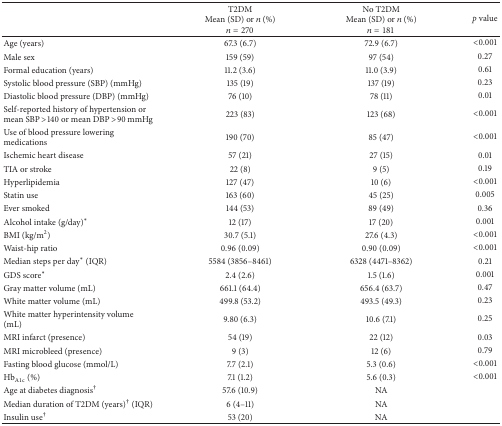
<table><thead><tr><td><b> </b></td><td><b>T2DMMean (SD) or <i>n</i> (%)<i>n</i> = 270</b></td><td><b>No T2DMMean (SD) or <i>n</i> (%)<i>n</i> = 181</b></td><td><b><i>p</i> value</b></td></tr></thead><tbody><tr><td>Age (years)</td><td>67.3 (6.7)</td><td>72.9 (6.7)</td><td>&lt;0.001</td></tr><tr><td>Male sex</td><td>159 (59)</td><td>97 (54)</td><td>0.27</td></tr><tr><td>Formal education (years)</td><td>11.2 (3.6)</td><td>11.0 (3.9)</td><td>0.61</td></tr><tr><td>Systolic blood pressure (SBP) (mmHg)</td><td>135 (19)</td><td>137 (19)</td><td>0.23</td></tr><tr><td>Diastolic blood pressure (DBP) (mmHg)</td><td>76 (10)</td><td>78 (11)</td><td>0.01</td></tr><tr><td>Self-reported history of hypertension or mean SBP &gt;140 or mean DBP &gt;90 mmHg</td><td>223 (83)</td><td>123 (68)</td><td>&lt;0.001</td></tr><tr><td>Use of blood pressure lowering medications</td><td>190 (70)</td><td>85 (47)</td><td>&lt;0.001</td></tr><tr><td>Ischemic heart disease</td><td>57 (21)</td><td>27 (15)</td><td>0.01</td></tr><tr><td>TIA or stroke </td><td>22 (8)</td><td>9 (5)</td><td>0.19</td></tr><tr><td>Hyperlipidemia</td><td>127 (47)</td><td>10 (6)</td><td>&lt;0.001</td></tr><tr><td>Statin use</td><td>163 (60)</td><td>45 (25)</td><td>0.005</td></tr><tr><td>Ever smoked</td><td>144 (53)</td><td>89 (49)</td><td>0.36</td></tr><tr><td>Alcohol intake (g/day)<sup><i>∗</i></sup></td><td>12 (17)</td><td>17 (20)</td><td>0.001</td></tr><tr><td>BMI (kg/m<sup>2</sup>)</td><td>30.7 (5.1)</td><td>27.6 (4.3)</td><td>&lt;0.001</td></tr><tr><td>Waist-hip ratio</td><td>0.96 (0.09)</td><td>0.90 (0.09)</td><td>&lt;0.001</td></tr><tr><td>Median steps per day<sup><i>∗</i></sup> (IQR)</td><td>5584 (3856–8461)</td><td>6328 (4471–8362)</td><td>0.21</td></tr><tr><td>GDS score<sup><i>∗</i></sup></td><td>2.4 (2.6)</td><td>1.5 (1.6)</td><td>0.001</td></tr><tr><td>Gray matter volume (mL)</td><td>661.1 (64.4)</td><td>656.4 (63.7)</td><td>0.47</td></tr><tr><td>White matter volume (mL)</td><td>499.8 (53.2)</td><td>493.5 (49.3)</td><td>0.23</td></tr><tr><td>White matter hyperintensity volume (mL)</td><td>9.80 (6.3)</td><td>10.6 (7.1)</td><td>0.25</td></tr><tr><td>MRI infarct (presence)</td><td>54 (19)</td><td>22 (12)</td><td>0.03</td></tr><tr><td>MRI microbleed (presence)</td><td>9 (3)</td><td>12 (6)</td><td>0.79</td></tr><tr><td>Fasting blood glucose (mmol/L)</td><td>7.7 (2.1)</td><td>5.3 (0.6)</td><td>&lt;0.001</td></tr><tr><td>Hb<sub>A1c</sub> (%)</td><td>7.1 (1.2)</td><td>5.6 (0.3)</td><td>&lt;0.001</td></tr><tr><td>Age at diabetes diagnosis<sup>†</sup></td><td>57.6 (10.9)</td><td>NA</td><td> </td></tr><tr><td>Median duration of T2DM (years)<sup>†</sup> (IQR) </td><td>6 (4–11)</td><td>NA</td><td> </td></tr><tr><td>Insulin use<sup>†</sup></td><td>53 (20)</td><td>NA</td><td> </td></tr></tbody></table>